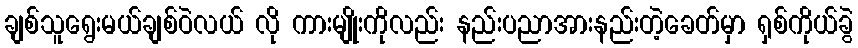
ချစ်သူရွေးမယ်ချစ်ဝဲလယ် လို ကားမျိုးကိုလည်း နည်းပညာအားနည်းတဲ့ခေတ်မှာ ရှစ်ကိုယ်ခွဲ